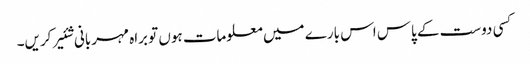
کسی دوست کے پاس اس بارے میں معلومات ہوں تو براہ مہربانی شئیر کریں۔